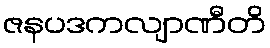
ဇနပဒကလျာဏီတိ